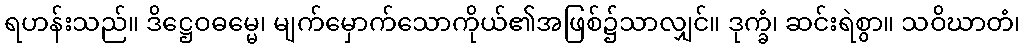
ရဟန်းသည်။ ဒိဋ္ဌေဝဓမ္မေ၊ မျက်မှောက်သောကိုယ်၏အဖြစ်၌သာလျှင်။ ဒုက္ခံ၊ ဆင်းရဲစွာ။ သဝိဃာတံ၊